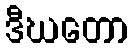
ဒီဃတော